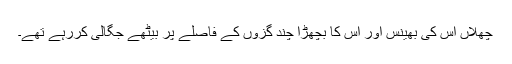
چھلاں اس کی بھینس اور اس کا بچھڑا چند گزوں کے فاصلے پر بیٹھے جگالی کررہے تھے۔